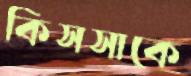
কিসসাকে